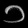
Digit: ၁